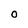
Character: O